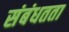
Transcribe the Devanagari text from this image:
संबंधतता